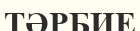
ТӘРБИЕ